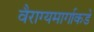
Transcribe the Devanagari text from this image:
वैराग्यमार्गाकडे